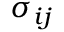
\sigma _ { i j }